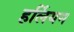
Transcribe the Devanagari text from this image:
हर्लियन